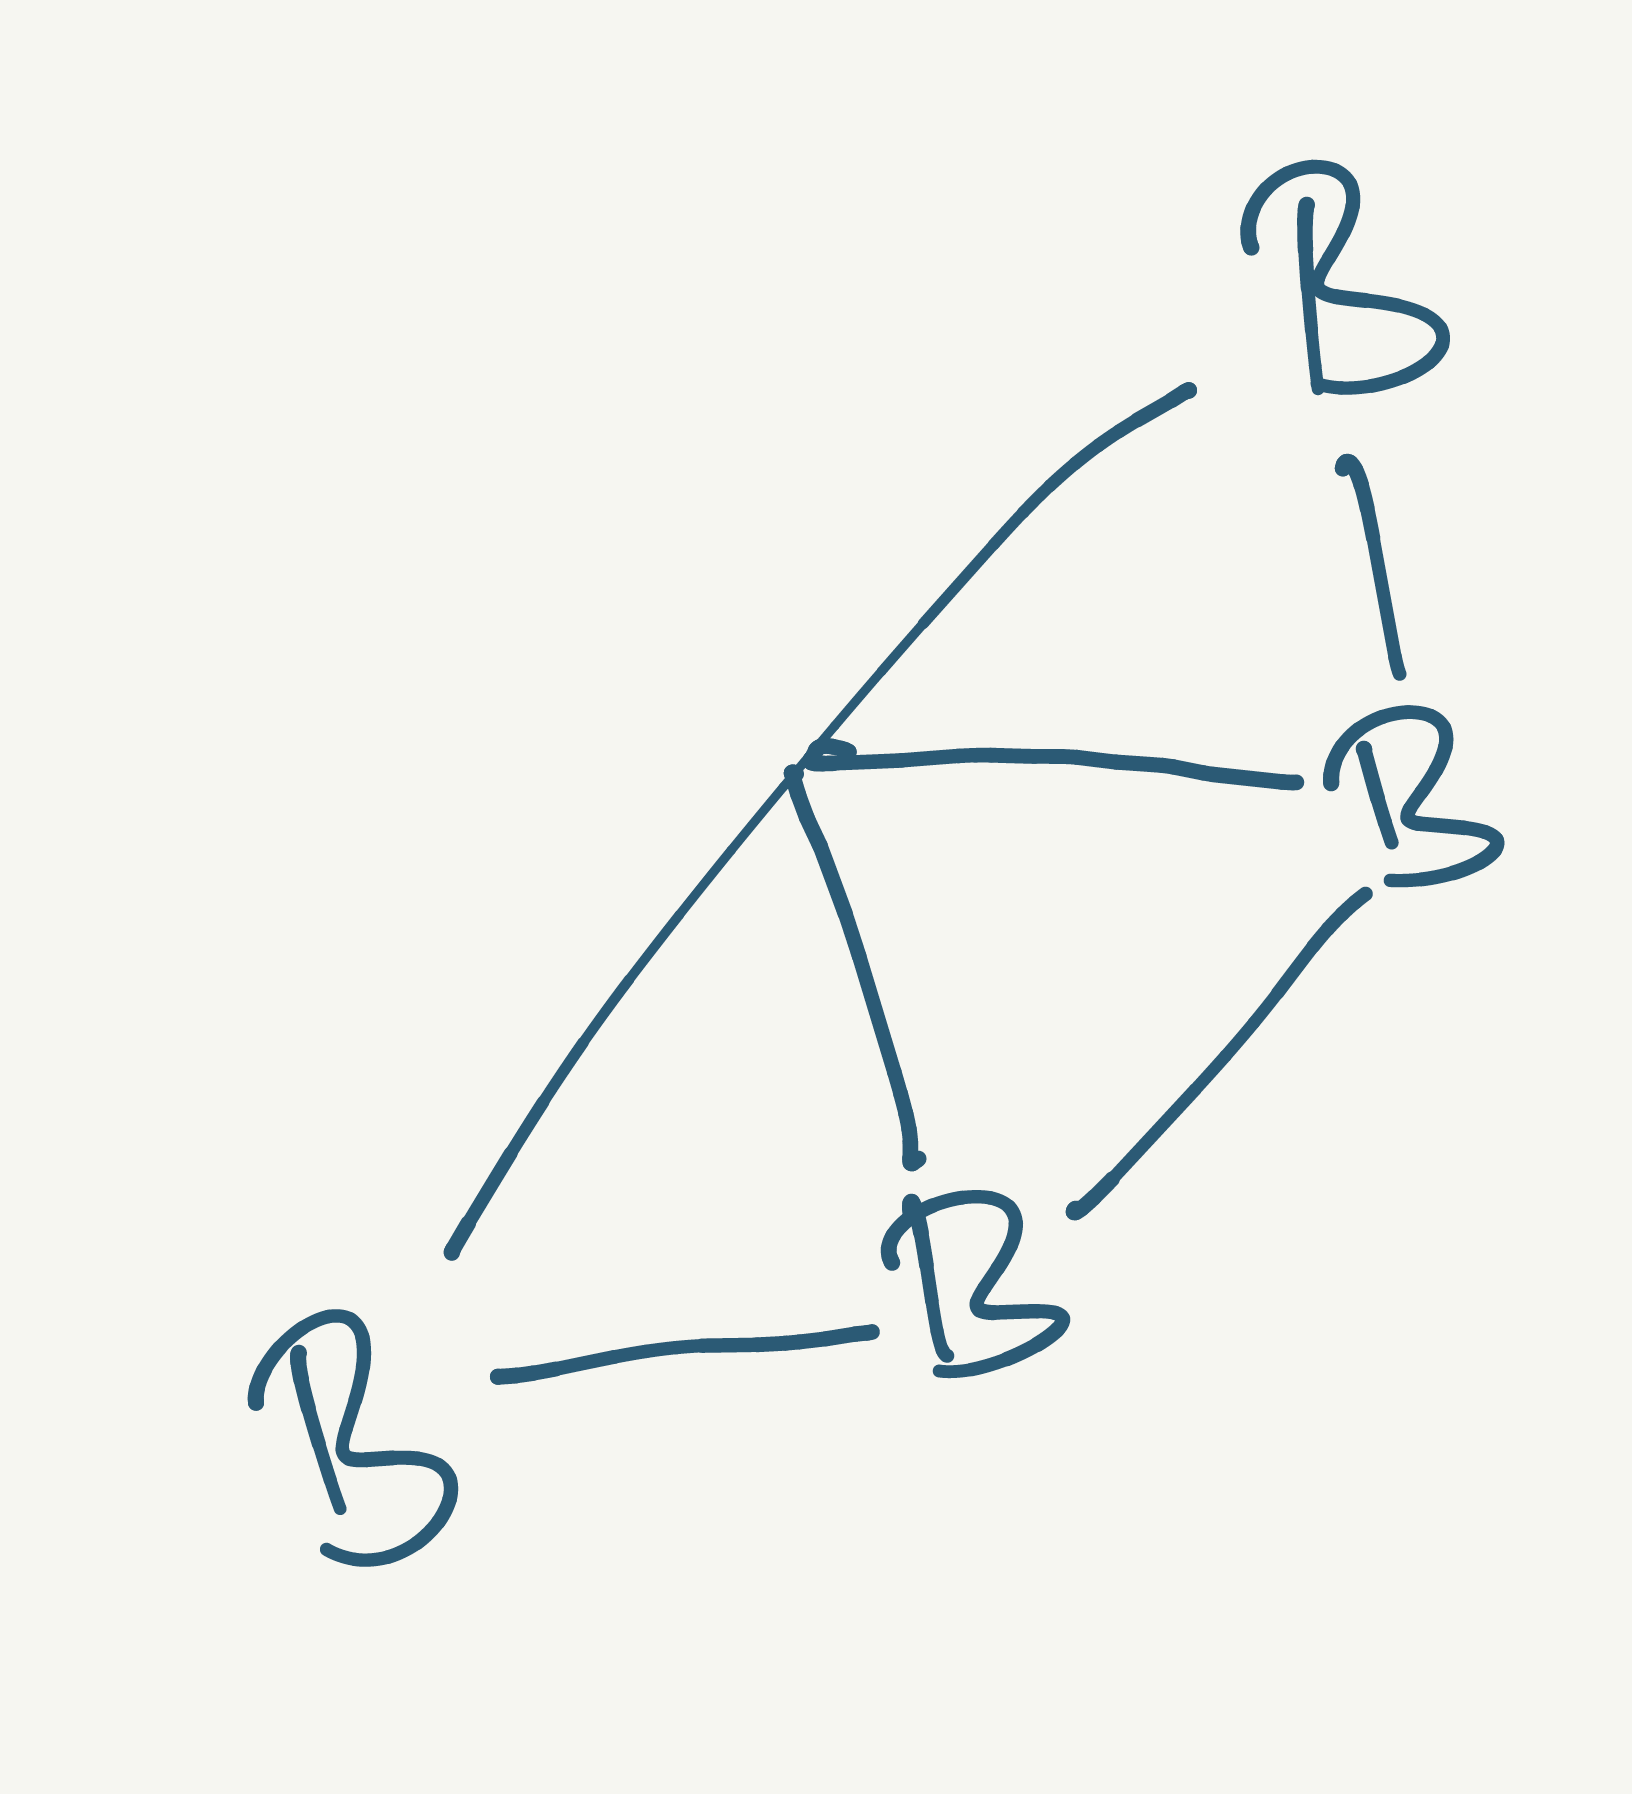
Simplified molecular-input line-entry system (SMILES) notation of the given molecule:
B12B3C14B2B43